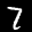
Label: 7